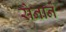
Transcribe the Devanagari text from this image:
सेनाने